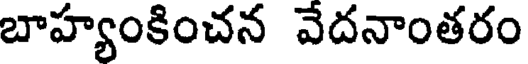
బాహ్యంకించన వేదనాంతరం